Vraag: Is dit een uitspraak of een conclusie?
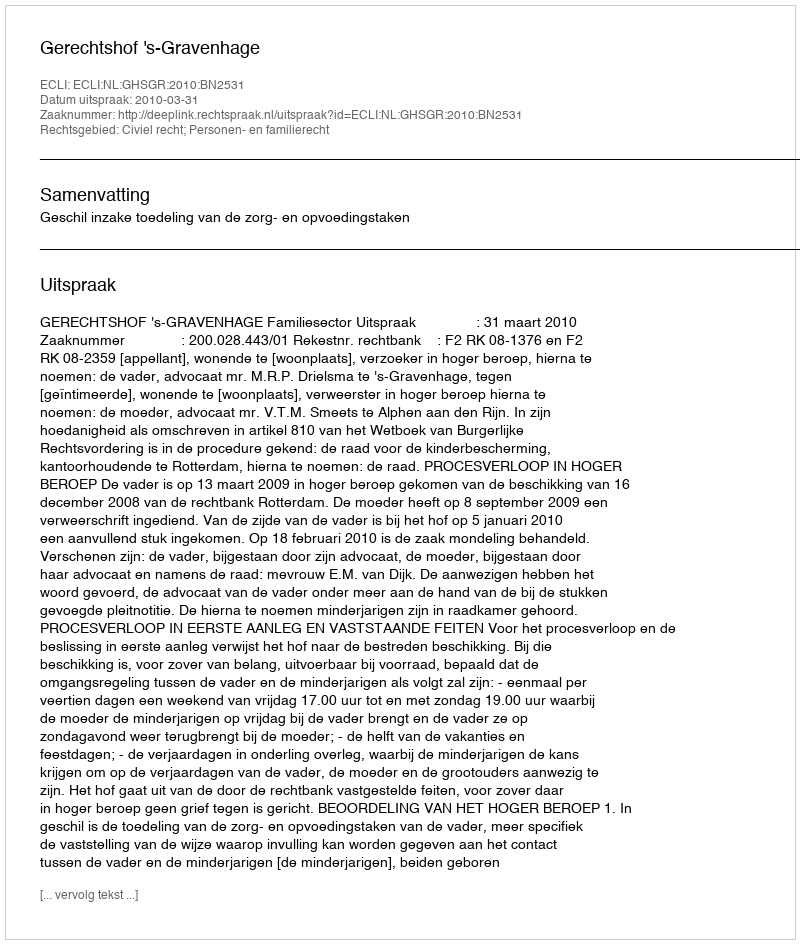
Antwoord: Uitspraak